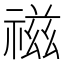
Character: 禌